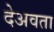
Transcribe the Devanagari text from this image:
देअवता